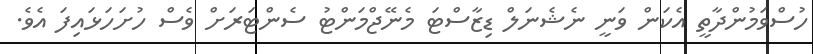
ހުސްވަމުންދާތީ އެކަން ވަނީ ނެޝެނަލް ޑިޒާސްޓަ މެނޭޖްމަންޓު ސެންޓަރަށް ވެސް ހުށަހަޅައިފަ އެވެ.